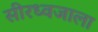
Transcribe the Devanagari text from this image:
सीरध्वजाला